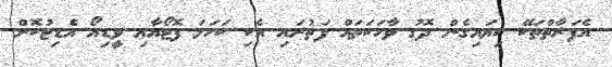
އެފަރާތްތަކޭ ކިޔައިގެން ދޮގު ވާހަކަތައް ފަތުރައި އެކި ކަހަލަ ފޮޓޯއާއި ވީޑިއޯ އެޑިޓުކޮށް